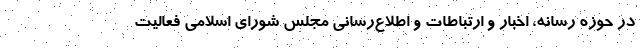
در حوزه رسانه، اخبار و ارتباطات و اطلاع‌رسانی مجلس شورای اسلامی فعالیت